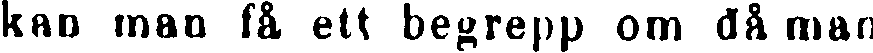
kan man få ett begrepp om då man